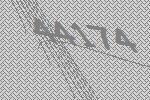
44174